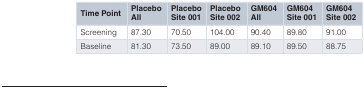
<table><thead><tr><td><b>Time Point</b></td><td><b>PlaceboAll</b></td><td><b>PlaceboSite 001</b></td><td><b>PlaceboSite 002</b></td><td><b>GM604All</b></td><td><b>GM604Site 001</b></td><td><b>GM604Site 002</b></td></tr></thead><tbody><tr><td>Screening</td><td>87.30</td><td>70.50</td><td>104.00</td><td>90.40</td><td>89.80</td><td>91.00</td></tr><tr><td>Baseline</td><td>81.30</td><td>73.50</td><td>89.00</td><td>89.10</td><td>89.50</td><td>88.75</td></tr></tbody></table>